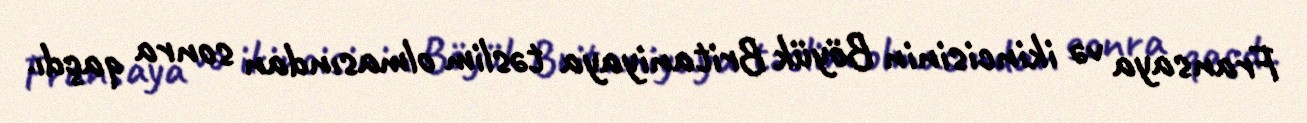
Fransaya və ikincisinin Böyük Britaniyaya təslim olmasından sonra qaçdı.